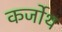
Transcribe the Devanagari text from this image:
कर्जोथ